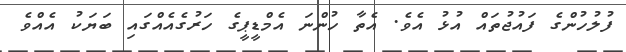
ފުލުހުންގެ ފައުޖުތައް އުޅު އެވެ. އެތާ ހުންނަ އެމްޑީޕީގެ ހަރުގެއެއްގައި ބަޔަކު އެއްވެ